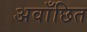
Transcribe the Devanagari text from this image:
अवाँछित